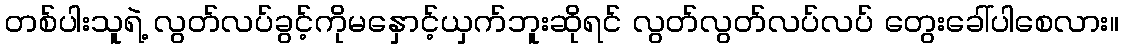
တစ်ပါးသူရဲ့ လွတ်လပ်ခွင့်ကိုမနှောင့်ယှက်ဘူးဆိုရင် လွတ်လွတ်လပ်လပ် တွေးခေါ်ပါစေလား။